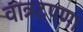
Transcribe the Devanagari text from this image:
वात्रटपणा